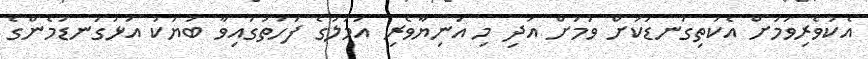
އެކުވެރިވުމަށް އެކަތިގަނޑަކަށް ވުމަށް އަދި މި އަނިޔާވެރި އަމަލުގެ ފަހަތުގައިވާ ބަޔަކު އަޅުގަނޑުމެންގެ